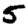
Digit: 5